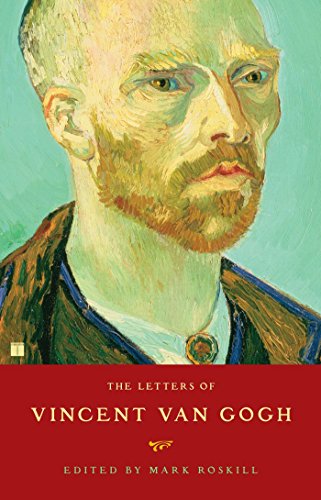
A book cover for Letters of Vincent van Gogh; Arts & Photography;